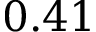
0 . 4 1